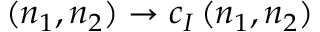
( n _ { 1 } , n _ { 2 } ) \rightarrow c _ { I } \, ( n _ { 1 } , n _ { 2 } )